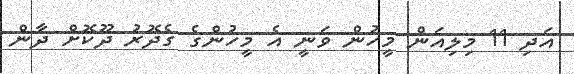
އަދި 11 މިލިއަން މީހުން ވަނީ އެ މީހުންގެ ގެދޮރު ދޫކޮށް ދާން